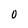
Character: 0